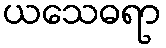
ယသေဓရာ